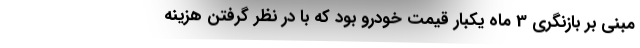
مبنی بر بازنگری 3 ماه یکبار قیمت خودرو بود که با در نظر گرفتن هزینه